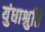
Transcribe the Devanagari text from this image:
युंधाश्रुष्ठि